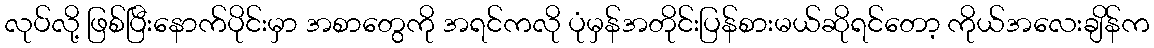
လုပ်လို့ ဖြစ်ပြီးနောက်ပိုင်းမှာ အစာတွေကို အရင်ကလို ပုံမှန်အတိုင်းပြန်စားမယ်ဆိုရင်တော့ ကိုယ်အလေးချိန်က